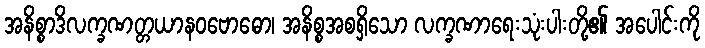
အနိစ္စာဒိလက္ခဏတ္တယာနဝဗောဓော၊ အနိစ္စအစရှိသော လက္ခဏာရေးသုံးပါးတို့၏ အပေါင်းကို